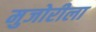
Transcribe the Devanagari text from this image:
मुजोरीला